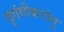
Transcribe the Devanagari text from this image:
दृगंगीकरोतु